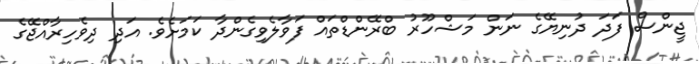
ޖީންސް ފަދަ ދުނިޔޭގެ ނަން މަޝްހޫރު ބްރޭންޑްތައް ފަވާލެވިގެންދާ ކަމަށެވެ. އަދި ދިވެހިރާއްޖޭގެ